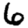
Digit: 6